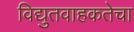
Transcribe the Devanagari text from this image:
विद्युतवाहकतेचा